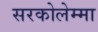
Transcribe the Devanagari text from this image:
सरकोलेम्मा